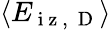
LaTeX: \langle E_{\mathrm{~i~z~,~}\mathrm{~D~}}\rangle